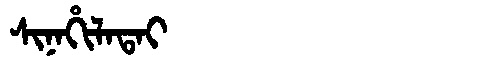
Manchu: ᠰᡳᠨᠠᡥᡳᠯᠠᡨᠠᡳ
Romanization: SINAHILATAI